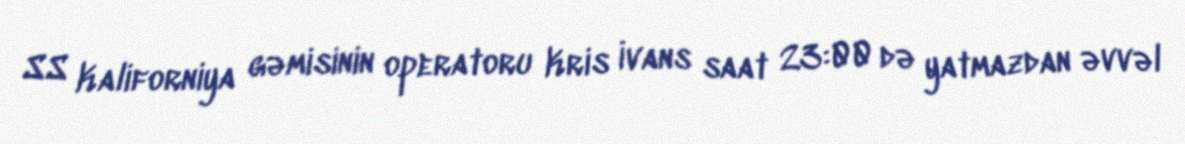
SS Kaliforniya gəmisinin operatoru Kris İvans saat 23:00 də yatmazdan əvvəl